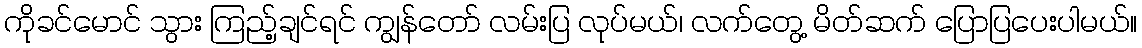
ကိုခင်မောင် သွား ကြည့်ချင်ရင် ကျွန်တော် လမ်းပြ လုပ်မယ်၊ လက်တွေ့ မိတ်ဆက် ပြောပြပေးပါမယ်။